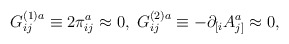
\begin{align*}G_{ij}^{(1)a}\equiv 2\pi _{ij}^{a}\approx 0,\;G_{ij}^{(2)a}\equiv -\partial_{[i}A_{j]}^{a}\approx 0, \end{align*}